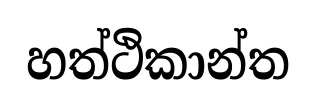
හත්ථිකාන්ත